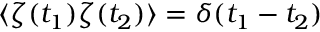
\langle \zeta ( t _ { 1 } ) \zeta ( t _ { 2 } ) \rangle = \delta ( t _ { 1 } - t _ { 2 } )